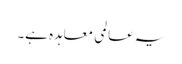
یہ عالمی معاہدہ ہے۔